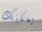
يمكنك